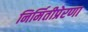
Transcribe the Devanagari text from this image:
निर्मितीप्रेरणा